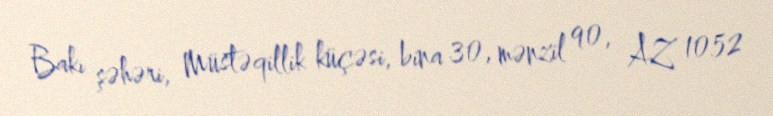
Bakı şəhəri, Müstəqillik küçəsi, bina 30, mənzil 90, AZ 1052